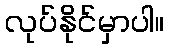
လုပ်နိုင်မှာပါ။